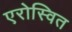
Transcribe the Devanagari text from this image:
एरोस्वित